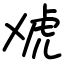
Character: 䖊